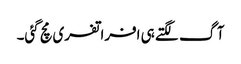
آگ لگتے ہی افراتفری مچ گئی۔